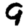
Digit: 9